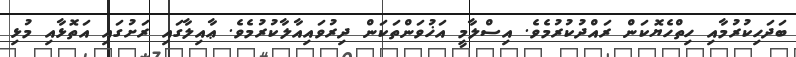
ބަދަހިކުރުމާއި ހިތްހެޔޮކަން ރައްދުކުރުމެވެ. އިސްލާމީ އަޚުވަންތަކަން ދިރުވައިއާލާކުރުމެވެ. ޢާއިލާގައި ރަށުގައި އަތޮޅާއި މުޅި